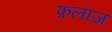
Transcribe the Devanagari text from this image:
फ़लाज